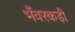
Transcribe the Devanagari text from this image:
भँवरकड़ी